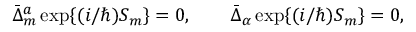
\bar { \Delta } _ { m } ^ { a } \, \mathrm { e x p } \{ ( i / \hbar ) S _ { m } \} = 0 , \qquad \bar { \Delta } _ { \alpha } \, \mathrm { e x p } \{ ( i / \hbar ) S _ { m } \} = 0 ,